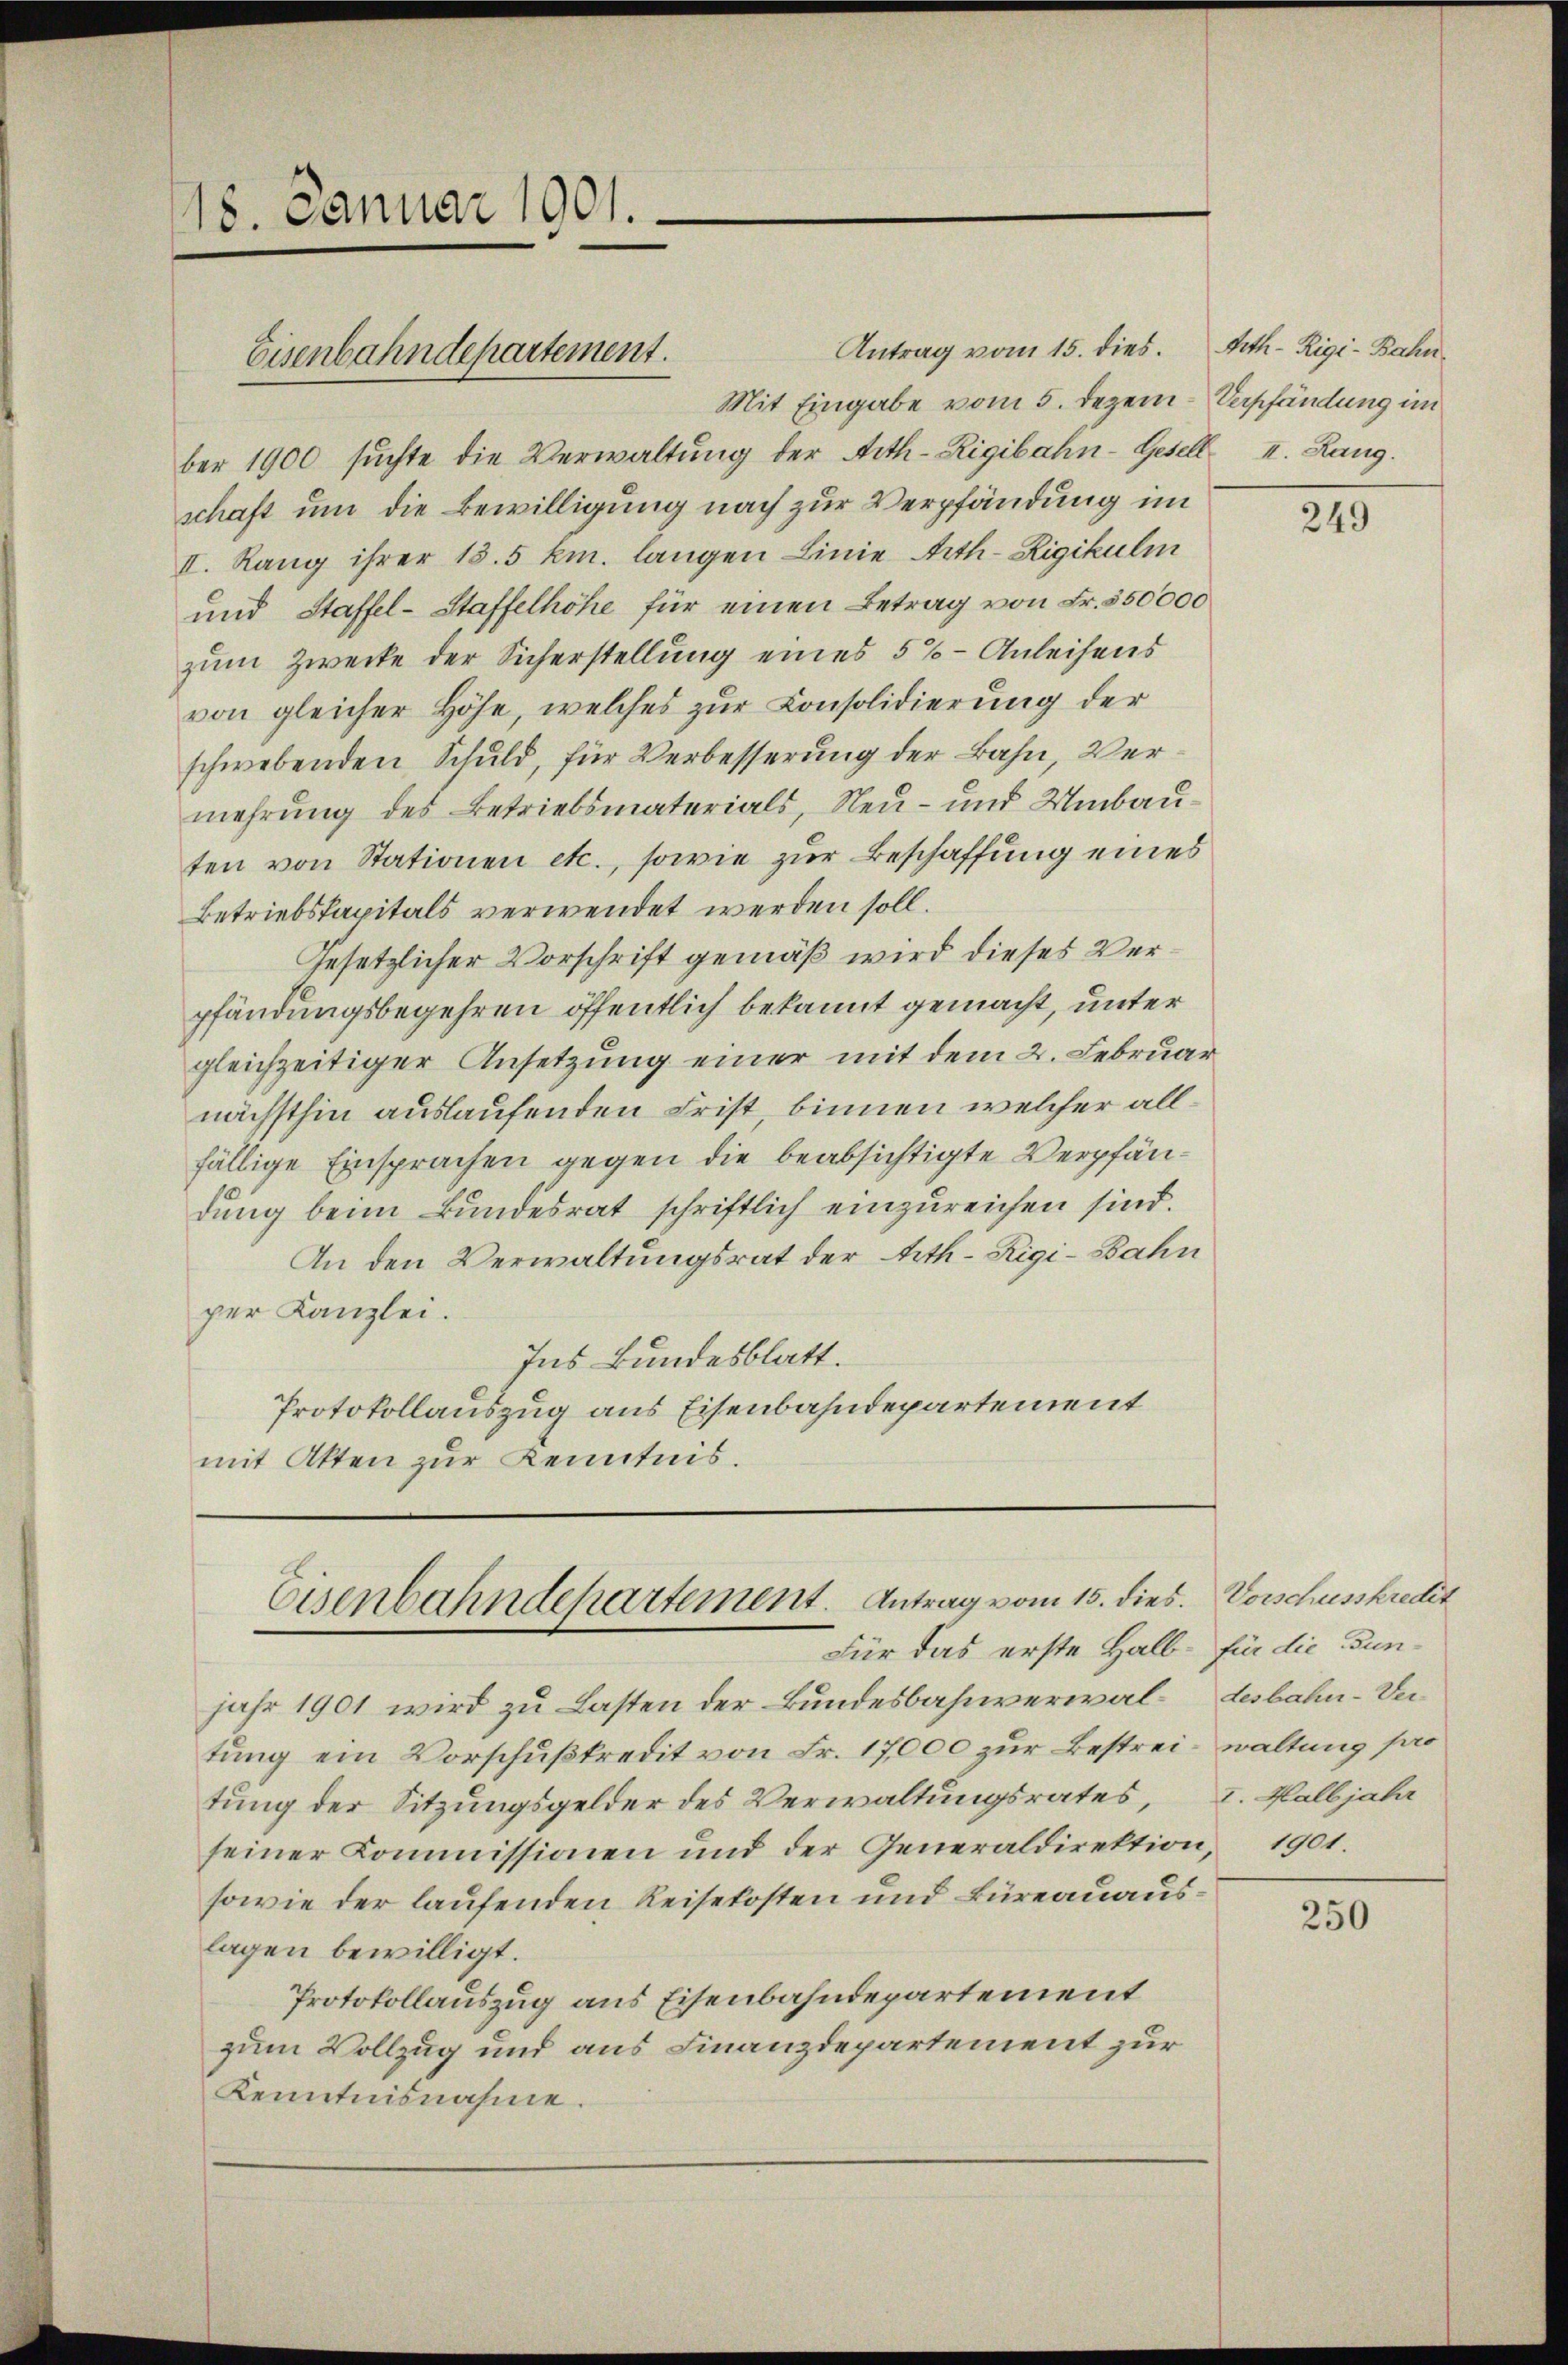
18. Januar 1901.

Antrag vom 15. dies. Arth Rigi-Bahn
Mit Eingabe vom 5. Dezem- Verpfändung im
ber 1900 suchte die Verwaltung der Aeth-Rigibahn-Gesell II. Rang.
schaft um die Bewilligung nach zur Verpfändung im
II. Rang ihrer 15.5 km. langen Linie Arth Rigikulm
und Staffel-Staffelhöhe für einen Betrag von Fr. 350000
zum Zwecke der Sicherstellung eines 5 % - Anleihens
von gleicher Höhe, welches zur Consolidierung der
schwebenden Schuld, für Verbesserung der Bahn, Vermehrung des Betriebsmaterials, Neu- und Umbauten von Stationen etc., sowie zur Beschaffung eines
Betriebskapitals verwendet werden soll.
Gesetzlicher Vorschrift gemäß wird dieses Verpfändungsbegehren öffentlich bekannt gemacht, unter
gleichzeitiger Ansetzung einer mit dem 2. Februar
nächsthin auslaufenden Frist, binnen welcher allfällige Einsprachen gegen die beabsichtigte Verpfändung beim Bundesrat schriftlich einzureichen sind.
An den Verwaltungsrat der Arth Rigi-Bahn
per Kanzlei.
Ins Bundesblatt.
Protokollauszug aus Eisenbahndepartement
mit Atten zur Kenntnis.

Eisenbahndepartement.

Eisenbahndepartement. Antrag vom 15. dies. Vorschusskredit
Für das erste Halb- Ein die Fun¬

jahr 1901 wird zu Lasten der Bundesbahnverwal-Lesbahn-Vertung ein Vorschußkredit von Fr. 17000 zur Bestrei- waltung pro
tung der Sitzungsgelder des Verwaltungsrates, v. Kalbjahr
seiner Commissionen und der Generaldirektion, 1901.
sowie der laufenden Reisekosten und Büreauauslagen bewilligt.
Protokollauszug aus Eisenbahndepartement
zum Vollzug und aus Finanzdepartement zur
Kenntnisnahme.

249

250